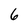
Character: 6